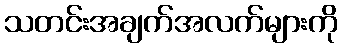
သတင်းအချက်အလက်များကို